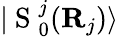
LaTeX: |\mathrm{~S~}_{0}^{j}({\mathbf{R}}_{j})\rangle